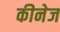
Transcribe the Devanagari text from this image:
कीनेज